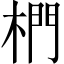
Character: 椚